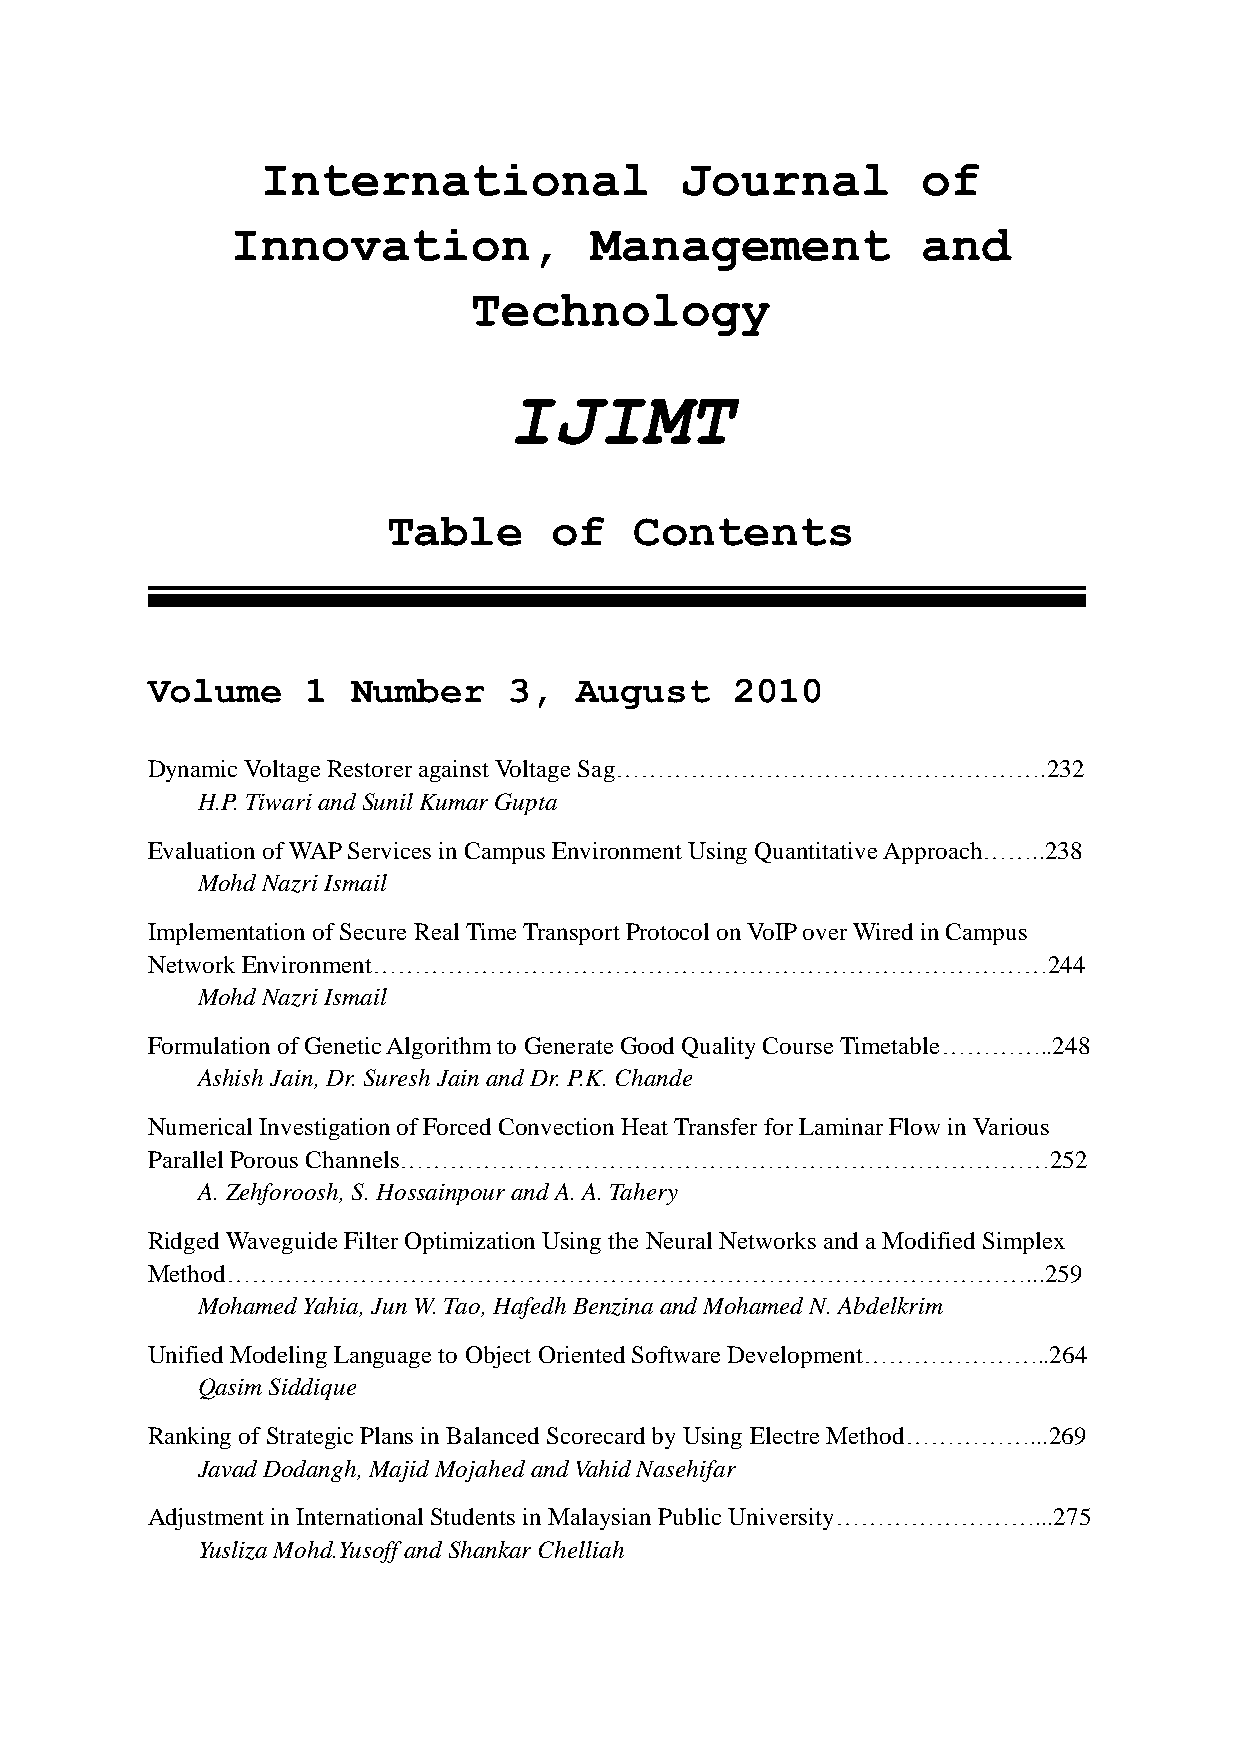
International               Journal         of
 Innovation,             Management            and
 Technology
 IJIMT
 Table      of   Contents
 Volume    1  Number     3,  August     2010
 Dynamic Voltage Restorer against Voltage Sag…………………………………………….232
 H.P. Tiwari and Sunil Kumar Gupta
 Evaluation of WAP Services in Campus Environment Using Quantitative Approach……..238
 Mohd Nazri Ismail
 Implementation of Secure Real Time Transport Protocol on VoIP over Wired in Campus
 Network Environment………………………………………………………………………244
 Mohd Nazri Ismail
 Formulation of Genetic Algorithm to Generate Good Quality Course Timetable…………..248
 Ashish Jain, Dr. Suresh Jain and Dr. P.K. Chande
 Numerical Investigation of Forced Convection Heat Transfer for Laminar Flow in Various
 Parallel Porous Channels……………………………………………………………………252
 A. Zehforoosh, S. Hossainpour and A. A. Tahery
 Ridged Waveguide Filter Optimization Using the Neural Networks and a Modified Simplex
 Method……………………………………………………………………………………...259
 Mohamed Yahia, Jun W. Tao, Hafedh Benzina and Mohamed N. Abdelkrim
 Unified Modeling Language to Object Oriented Software Development…………………..264
 Qasim Siddique
 Ranking of Strategic Plans in Balanced Scorecard by Using Electre Method……………...269
 Javad Dodangh, Majid Mojahed and Vahid Nasehifar
 Adjustment in International Students in Malaysian Public University……………………...275
 Yusliza Mohd.Yusoff and Shankar Chelliah